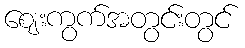
ဈေးကွက်အတွင်းတွင်